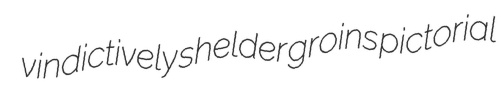
vindictively shelder groins pictorial